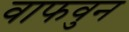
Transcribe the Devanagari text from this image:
वाफवुन